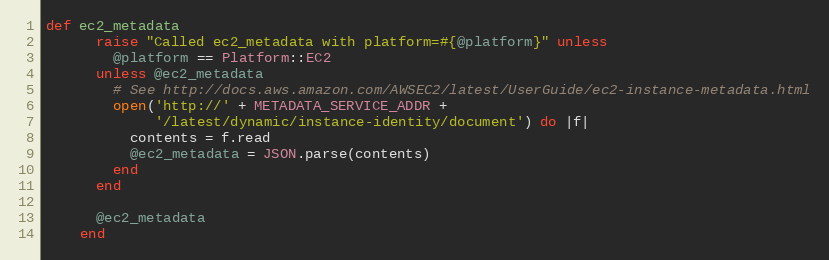
Language: Ruby
def ec2_metadata
      raise "Called ec2_metadata with platform=#{@platform}" unless
        @platform == Platform::EC2
      unless @ec2_metadata
        # See http://docs.aws.amazon.com/AWSEC2/latest/UserGuide/ec2-instance-metadata.html
        open('http://' + METADATA_SERVICE_ADDR +
             '/latest/dynamic/instance-identity/document') do |f|
          contents = f.read
          @ec2_metadata = JSON.parse(contents)
        end
      end

      @ec2_metadata
    end